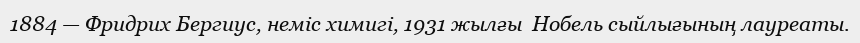
1884 — Фридрих Бергиус, неміс химигі, 1931 жылғы  Нобель сыйлығының лауреаты.